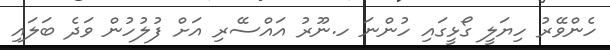
ހެންވޭރު ހިޔަލީ ގޯޅީގައި ހުންނަ ހ.ނޫރު އައްސޭރި އަށް ފުލުހުން ވަދެ ބަލައި